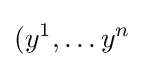
(y^{1},\ldots y^{n}